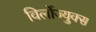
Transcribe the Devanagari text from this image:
विर्लोज्युक्स